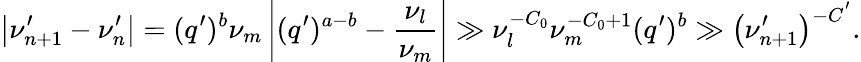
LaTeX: \left|\nu_{n+1}^{\prime}-\nu_{n}^{\prime}\right|=(q^{\prime})^{b}\nu_{m}\left|(q^{\prime})^{a-b}-\frac{\nu_{l}}{\nu_{m}}\right|\gg\nu_{l}^{-C_{0}}\nu_{m}^{-C_{0}+1}(q^{\prime})^{b}\gg\left(\nu_{n+1}^{\prime}\right)^{-C^{'}}.